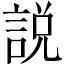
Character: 説